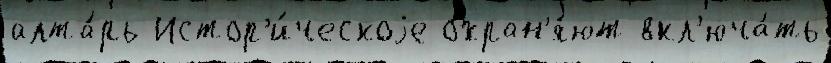
алта́рь Истор'и́ческоjе охран'я́ют вкл'юча́ть